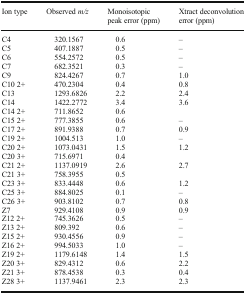
| Ion type | Observed m/z | Monoisotopic peak error (ppm) | Xtract deconvolution error (ppm) |
 | --- | --- | --- | --- |
 | C4 | 320.1567 | 0.6 | – |
 | C5 | 407.1887 | 0.5 | – |
 | C6 | 554.2572 | 0.5 | – |
 | C7 | 682.3521 | 0.3 | – |
 | C9 | 824.4267 | 0.7 | 1.0 |
 | C10 2+ | 470.2304 | 0.4 | 0.8 |
 | C13 | 1293.6826 | 2.2 | 2.4 |
 | C14 | 1422.2772 | 3.4 | <ROWSPAN=2> 3.6 |
 | C14 2+ | 711.8652 | 0.6 |
 | C15 2+ | 777.3855 | 0.6 | – |
 | C17 2+ | 891.9388 | 0.7 | 0.9 |
 | C19 2+ | 1004.513 | 1.0 | – |
 | C20 2+ | 1073.0431 | 1.5 | <ROWSPAN=2> 1.2 |
 | C20 3+ | 715.6971 | 0.4 |
 | C21 2+ | 1137.0919 | 2.6 | <ROWSPAN=2> 2.7 |
 | C21 3+ | 758.3955 | 0.5 |
 | C23 3+ | 833.4448 | 0.6 | 1.2 |
 | C25 3+ | 884.8025 | 0.1 | – |
 | C26 3+ | 903.8102 | 0.7 | 0.8 |
 | Z7 | 929.4108 | 0.9 | 0.9 |
 | Z12 2+ | 745.3626 | 0.5 | – |
 | Z13 2+ | 809.392 | 0.6 | – |
 | Z15 2+ | 930.4556 | 0.9 | – |
 | Z16 2+ | 994.5033 | 1.0 | – |
 | Z19 2+ | 1179.6148 | 1.4 | 1.5 |
 | Z20 3+ | 829.4312 | 0.6 | 2.2 |
 | Z21 3+ | 878.4538 | 0.3 | 0.4 |
 | Z28 3+ | 1137.9461 | 2.3 | 2.3 |